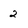
Character: 2